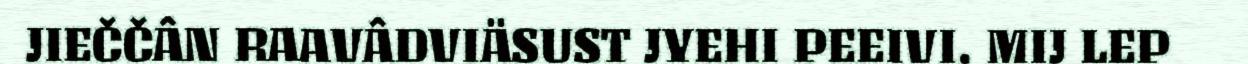
JIEČČÂN RAAVÂDVIÄSUST JYEHI PEEIVI. MIJ LEP